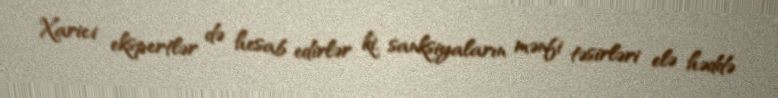
Xarici ekspertlər də hesab edirlər ki, sanksiyaların mənfi təsirləri elə həddə